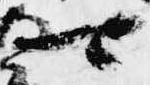
可